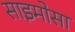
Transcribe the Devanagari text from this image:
साइमोसा